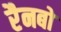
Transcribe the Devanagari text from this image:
रैनबो